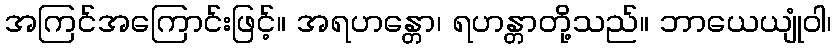
အကြင်အကြောင်းဖြင့်။ အရဟန္တော၊ ရဟန္တာတို့သည်။ ဘာယေယျုံဝါ၊